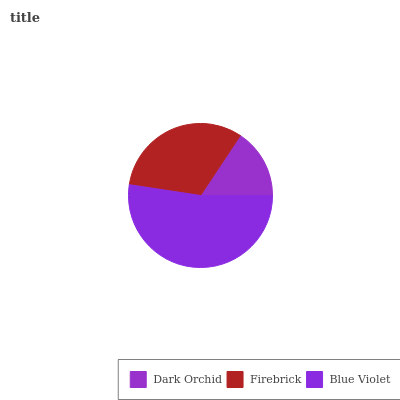
| Dark Orchid | Firebrick | Blue Violet |
 | --- | --- | --- |
 | 15.7% | 32% | 52.4% |